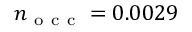
n _ { \mathrm { ~ o ~ c ~ c ~ } } = 0 . 0 0 2 9